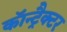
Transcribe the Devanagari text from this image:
कॉन्ट्रैक्टर